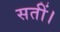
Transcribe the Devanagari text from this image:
सतीं।